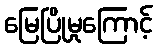
မြေပြိုမှုကြောင့်